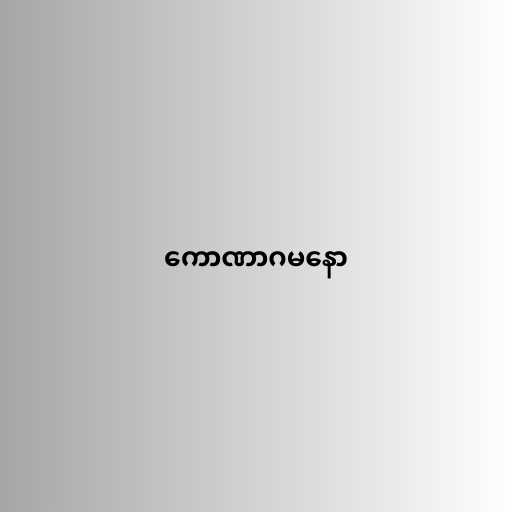
ကောဏာဂမနော